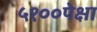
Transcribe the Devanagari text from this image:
५१००पेक्षा